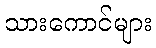
သားကောင်များ